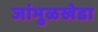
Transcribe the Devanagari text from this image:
जांभुळखेडा